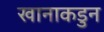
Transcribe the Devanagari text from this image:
खानाकडुन